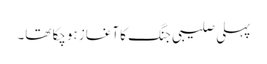
پہلی صلیبی جنگ کا آغاز ہوچکا تھا۔